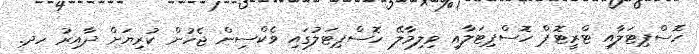
ހޮސްޕިޓަލާއި ޓްރީޓޮޕް ހޮސްޕިޓަލާއި ވިލިމާލޭ ހޮސްޕިޓަލުގައި ވެކްސިން ޖެހުން ކުރިޔަށް ދާއިރު ހދ.